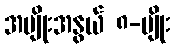
အမျိုးအနွယ် ၈-မျိုး